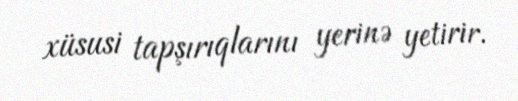
xüsusi tapşırıqlarını yerinə yetirir.